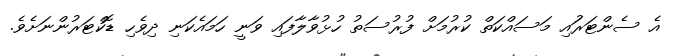
އެ ސެންޓަރުައި މަސައްކަތް ކުރުމަށް ފުުރުސަތު ހުޅުވާލާފައި ވަނީ ހަމައެކަނި ދިވެހި ޑޮކްޓަރުންނަށެވެ.